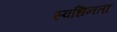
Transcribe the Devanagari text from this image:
स्वधिनता